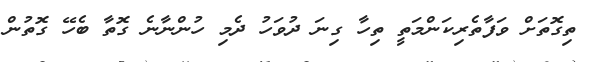
ތިގޮތަށް ވަފާތެރިކަންމަތީ ތިހާ ގިނަ ދުވަހު ދެމި ހުންނާނެ ގޮތާ ބެހޭ ގޮތުން